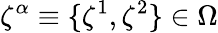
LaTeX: \zeta^{\alpha}\equiv\{ \zeta^{1},\zeta^{2}\} \in\Omega